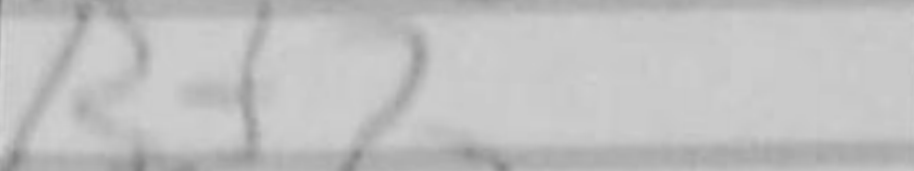
Transcription: Rf7